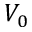
V _ { 0 }